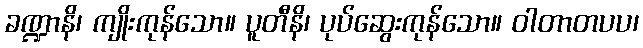
ခဏ္ဍာနိ၊ ကျိုးကုန်သော။ ပူတီနိ၊ ပုပ်ဆွေးကုန်သော။ ဝါတာတပပ၊